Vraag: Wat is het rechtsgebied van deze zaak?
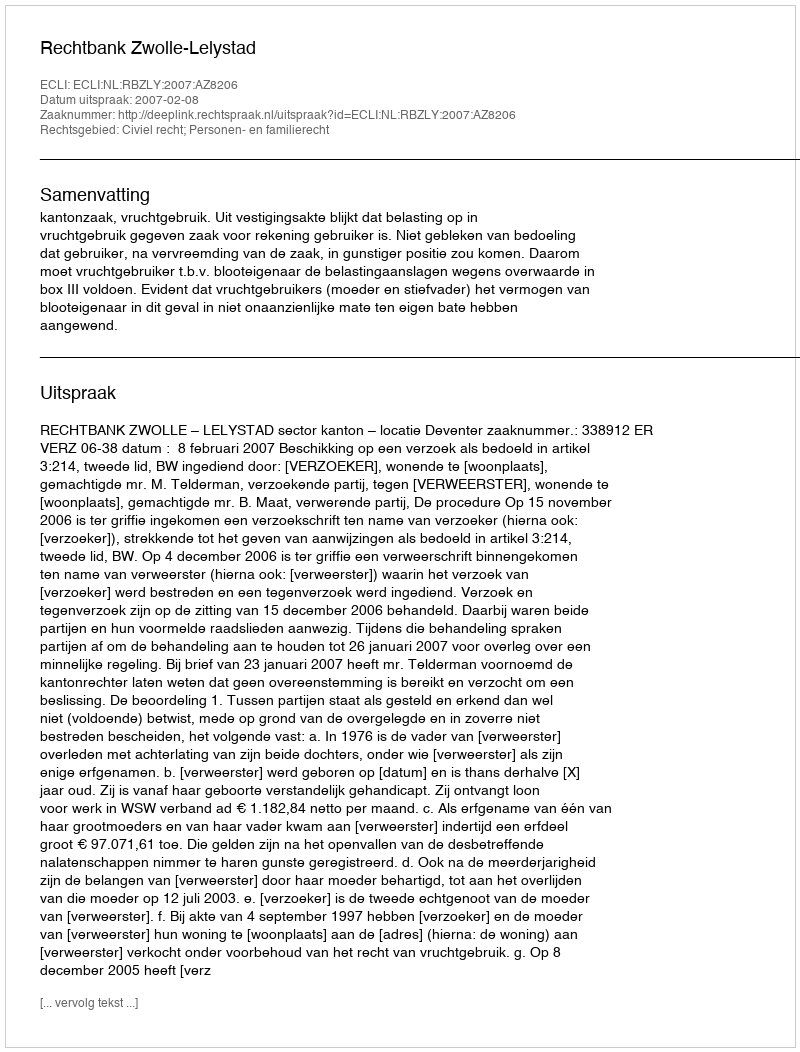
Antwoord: Civiel recht; Personen- en familierecht